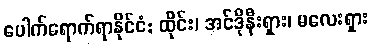
ပေါက်ရောက်ရာနိုင်ငံ: ထိုင်း၊ အင်ဒိုနီးရှား၊ မလေးရှား